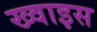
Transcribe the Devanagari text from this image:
ख्वाइस